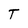
Character: T